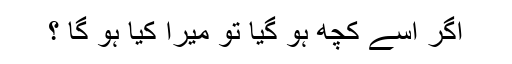
اگر اُسے کچھ ہو گیا تو میرا کیا ہو گا ؟